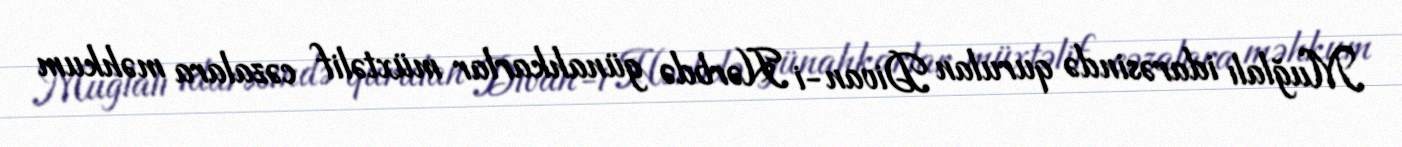
Muğlalı idarəsində qurulan Divan-i Hərbdə günahkarlar müxtəlif cəzalara məhkum